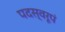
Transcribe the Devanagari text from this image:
पदस्वरूपं